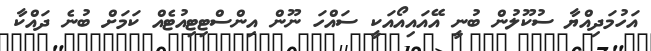
އަހުމަދިއްޔާ ސުކޫލުން ބުނީ އޭއައިއޯއަކީ ސައްހަ ނޫން އިންސްޓިޓިއުޓެއް ކަމަށް ބުނެ ދައްކާ